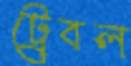
ট্রেবল